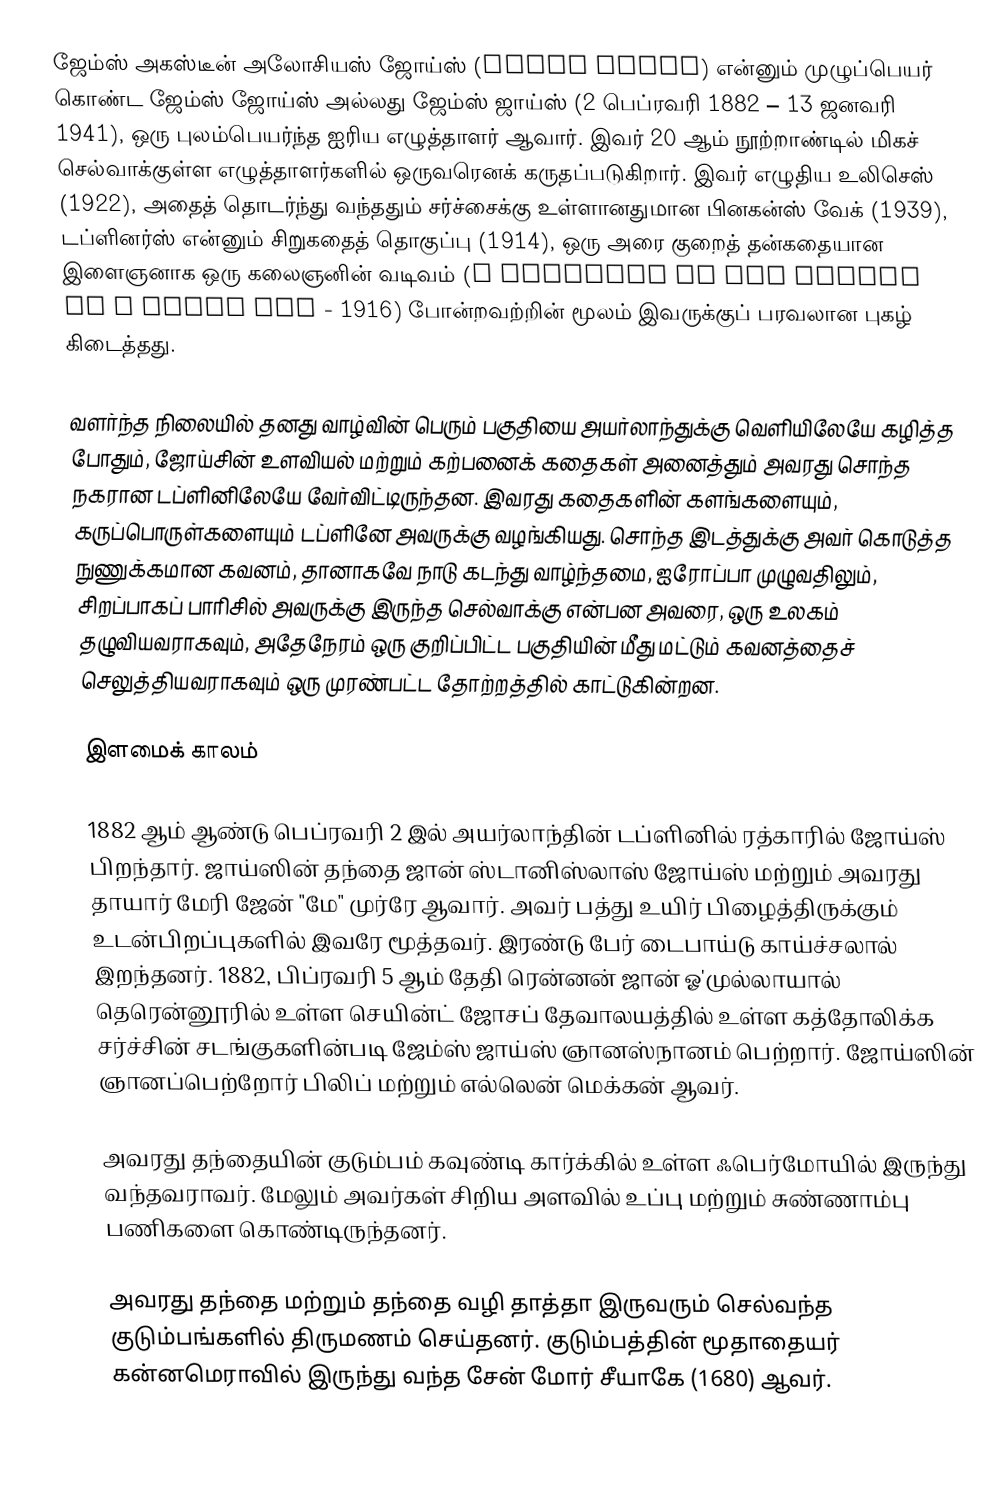
ஜேம்ஸ் அகஸ்டீன் அலோசியஸ் ஜோய்ஸ்   (James Joyce) என்னும் முழுப்பெயர் கொண்ட ஜேம்ஸ் ஜோய்ஸ் அல்லது ஜேம்ஸ் ஜாய்ஸ் (2 பெப்ரவரி 1882 – 13 ஜனவரி 1941), ஒரு புலம்பெயர்ந்த ஐரிய எழுத்தாளர் ஆவார். இவர் 20 ஆம் நூற்றாண்டில் மிகச் செல்வாக்குள்ள எழுத்தாளர்களில் ஒருவரெனக் கருதப்படுகிறார். இவர் எழுதிய உலிசெஸ் (1922), அதைத் தொடர்ந்து வந்ததும் சர்ச்சைக்கு உள்ளானதுமான பினகன்ஸ் வேக் (1939), டப்ளினர்ஸ் என்னும் சிறுகதைத் தொகுப்பு (1914), ஒரு அரை குறைத் தன்கதையான இளைஞனாக ஒரு கலைஞனின் வடிவம் (A Portrait of the Artist as a Young Man - 1916) போன்றவற்றின் மூலம் இவருக்குப் பரவலான புகழ் கிடைத்தது.

வளர்ந்த நிலையில் தனது வாழ்வின் பெரும் பகுதியை அயர்லாந்துக்கு வெளியிலேயே கழித்த போதும், ஜோய்சின் உளவியல் மற்றும் கற்பனைக் கதைகள் அனைத்தும் அவரது சொந்த நகரான டப்ளினிலேயே வேர்விட்டிருந்தன. இவரது கதைகளின் களங்களையும், கருப்பொருள்களையும் டப்ளினே அவருக்கு வழங்கியது. சொந்த இடத்துக்கு அவர் கொடுத்த நுணுக்கமான கவனம், தானாகவே நாடு கடந்து வாழ்ந்தமை, ஐரோப்பா முழுவதிலும், சிறப்பாகப் பாரிசில் அவருக்கு இருந்த செல்வாக்கு என்பன அவரை, ஒரு உலகம் தழுவியவராகவும், அதேநேரம் ஒரு குறிப்பிட்ட பகுதியின் மீது மட்டும் கவனத்தைச் செலுத்தியவராகவும் ஒரு முரண்பட்ட தோற்றத்தில் காட்டுகின்றன.

இளமைக் காலம்

1882 ஆம் ஆண்டு பெப்ரவரி 2 இல் அயர்லாந்தின் டப்ளினில் ரத்காரில் ஜோய்ஸ் பிறந்தார். ஜாய்ஸின் தந்தை ஜான் ஸ்டானிஸ்லாஸ் ஜோய்ஸ் மற்றும் அவரது தாயார் மேரி ஜேன் "மே" முர்ரே ஆவார். அவர் பத்து உயிர் பிழைத்திருக்கும் உடன்பிறப்புகளில் இவரே மூத்தவர். இரண்டு பேர் டைபாய்டு காய்ச்சலால் இறந்தனர். 1882, பிப்ரவரி 5 ஆம் தேதி ரென்னன் ஜான் ஓ'முல்லாயால் தெரென்னூரில் உள்ள செயின்ட் ஜோசப் தேவாலயத்தில் உள்ள கத்தோலிக்க சர்ச்சின் சடங்குகளின்படி ஜேம்ஸ் ஜாய்ஸ் ஞானஸ்நானம் பெற்றார். ஜோய்ஸின் ஞானப்பெற்றோர் பிலிப் மற்றும் எல்லென் மெக்கன் ஆவர்.

அவரது தந்தையின் குடும்பம்  கவுண்டி கார்க்கில் உள்ள ஃபெர்மோயில் இருந்து  வந்தவராவர். மேலும் அவர்கள்  சிறிய அளவில் உப்பு மற்றும் சுண்ணாம்பு பணிகளை கொண்டிருந்தனர்.

அவரது தந்தை மற்றும் தந்தை வழி தாத்தா இருவரும் செல்வந்த குடும்பங்களில் திருமணம் செய்தனர். குடும்பத்தின்  மூதாதையர் கன்னமெராவில் இருந்து வந்த சேன் மோர் சீயாகே (1680) ஆவர்.